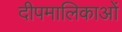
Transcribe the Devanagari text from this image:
दीपमालिकाओं